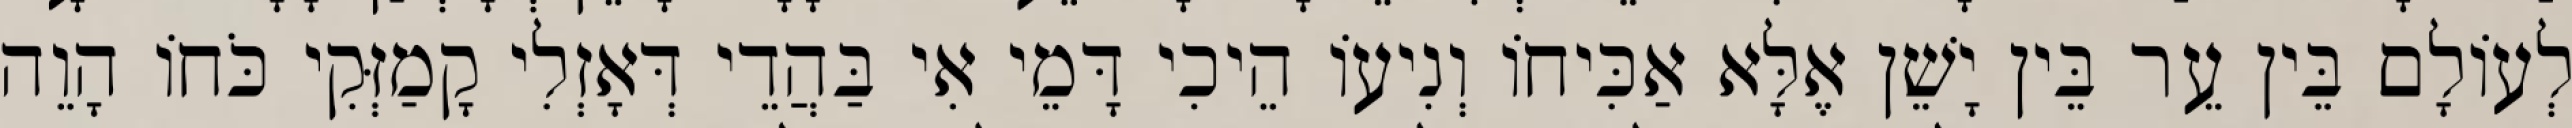
לְעוֹלָם בֵּין עֵר בֵּין יָשֵׁן אֶלָּא אַכִּיחוֹ וְנִיעוֹ הֵיכִי דָּמֵי אִי בַּהֲדֵי דְּאָזְלִי קָמַזְּקִי כֹּחוֹ הָוֵה